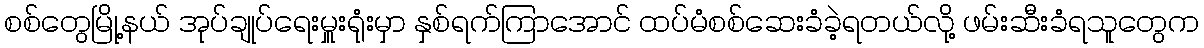
စစ်တွေမြို့နယ် အုပ်ချုပ်ရေးမှူးရုံးမှာ နှစ်ရက်ကြာအောင် ထပ်မံစစ်ဆေးခံခဲ့ရတယ်လို့ ဖမ်းဆီးခံရသူတွေက